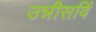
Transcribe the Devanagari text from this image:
उन्नीसविं